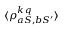
\langle \rho _ { a S , b S ^ { \prime } } ^ { k \, q } \rangle